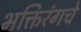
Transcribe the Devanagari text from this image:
भक्तिरंगचे